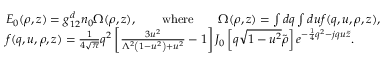
\begin{array} { r l } & { E _ { 0 } ( \boldsymbol { \rho } , z ) = g _ { 1 2 } ^ { d } n _ { 0 } \Omega ( \boldsymbol { \rho } , z ) , \qquad \mathrm { w h e r e } \qquad \Omega ( \boldsymbol { \rho } , z ) = \int d q \int d u f ( q , u , \boldsymbol { \rho } , z ) , } \\ & { f ( q , u , \boldsymbol { \rho } , z ) = \frac { 1 } { 4 \sqrt { \pi } } q ^ { 2 } \left[ \frac { 3 u ^ { 2 } } { \Lambda ^ { 2 } \left( 1 - u ^ { 2 } \right) + u ^ { 2 } } - 1 \right] J _ { 0 } \left[ q \sqrt { 1 - u ^ { 2 } } \tilde { \boldsymbol { \rho } } \right] e ^ { - \frac { 1 } { 4 } q ^ { 2 } - j q u \tilde { z } } . } \end{array}